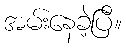
အမ်းနေခဲ့ပြီ။